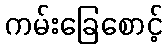
ကမ်းခြေစောင့်